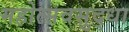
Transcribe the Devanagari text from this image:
महोत्सवसुद्धा